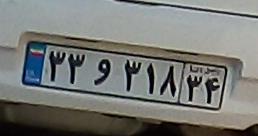
۳۳و۳۱۸۳۴